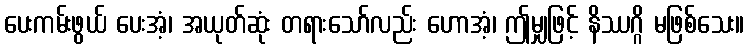
ပေးကမ်းဖွယ် ပေးအံ့၊ အယုတ်ဆုံး တရားသော်လည်း ဟောအံ့၊ ဤမျှဖြင့် နိဿဂ္ဂိ မဖြစ်သေး။